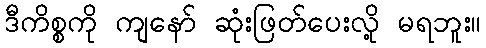
ဒီကိစ္စကို ကျနော် ဆုံးဖြတ်ပေးလို့ မရဘူး။